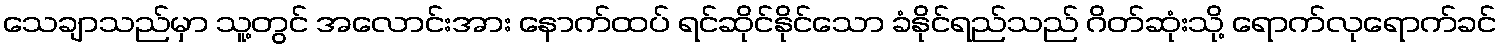
သေချာသည်မှာ သူ့တွင် အလောင်းအား နောက်ထပ် ရင်ဆိုင်နိုင်သော ခံနိုင်ရည်သည် ဂိတ်ဆုံးသို့ ရောက်လုရောက်ခင်